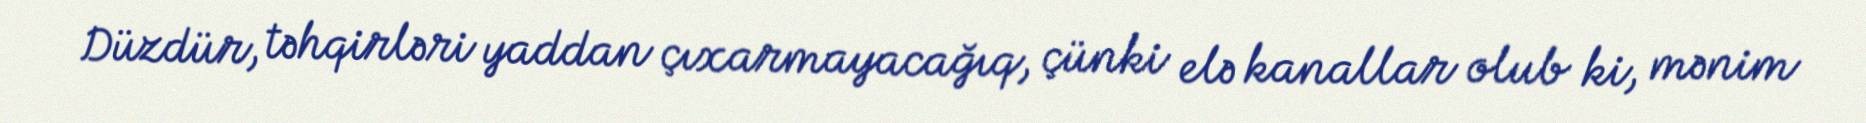
Düzdür, təhqirləri yaddan çıxarmayacağıq, çünki elə kanallar olub ki, mənim